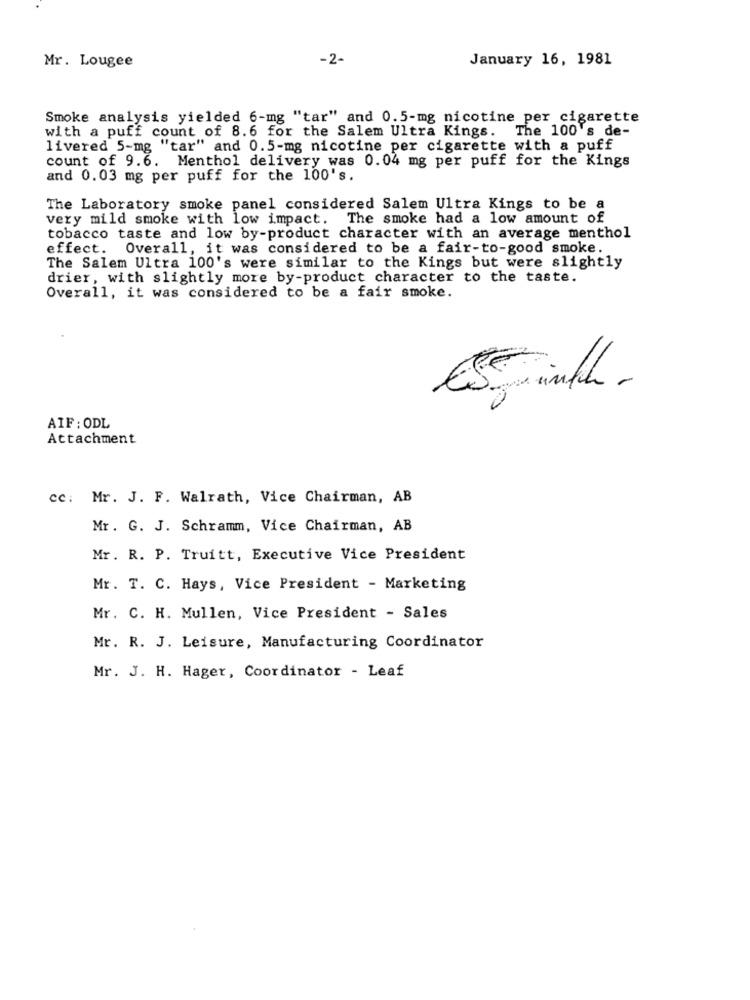
-2-
January 16, 1981
Mr. Lougee
Smoke analysis yielded 6-mg "tar" and 0.5-mg nicotine per cigarette
with a puff count of 8.6 for the Salem Ultra Kings.
The 100 's de-
livered 5-mg "tar" and 0.5-mg nicotine per cigarette with a puff
count of 9.6. Menthol delivery was 0.04 mg per puff for the Kings
and 0.03 mg per puff for the 100's.
The Laboratory smoke panel considered Salem Ultra Kings to be a
very mild smoke with low impact. The smoke had a low amount of
tobacco taste and low by-product character with an average menthol
effect.
Overall, it was considered to be a fair-to-good smoke.
The Salem Ultra 100's were similar to the Kings but were slightly
drier, with slightly more by-product character to the taste.
Overall, it was considered to be a fair smoke.
AIF : ODL
Attachment
cc: Mr. J. F. Walrath, Vice Chairman, AB
Mr. G. J. Schramm, Vice Chairman, AB
Mr. R. P. Truitt, Executive Vice President
Mr. T. C. Hays, Vice President - Marketing
Mr. C. H. Mullen, Vice President - Sales
Mr. R. J. Leisure, Manufacturing Coordinator
Mr. J. H. Hager, Coordinator - Leaf